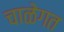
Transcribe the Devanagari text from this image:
चाळेगत